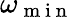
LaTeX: \omega_{\mathrm{~m~i~n~}}